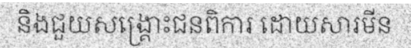
និងជួយសង្គ្រោះជនពិការ ដោយសារមីន